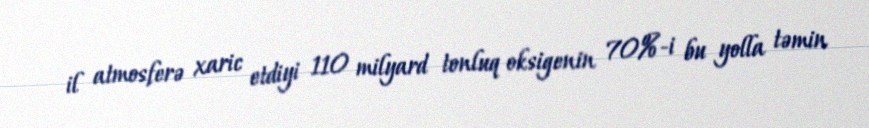
il atmosferə xaric etdiyi 110 milyard tonluq oksigenin 70%-i bu yolla təmin